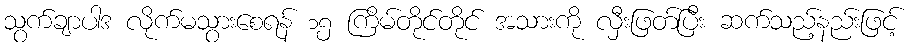
သွက်ချာပါဒ လိုက်မသွားစေရန် ၁၅ ကြိမ်တိုင်တိုင် အသားကို လှီးဖြတ်ပြီး ဆက်သည့်နည်းဖြင့်